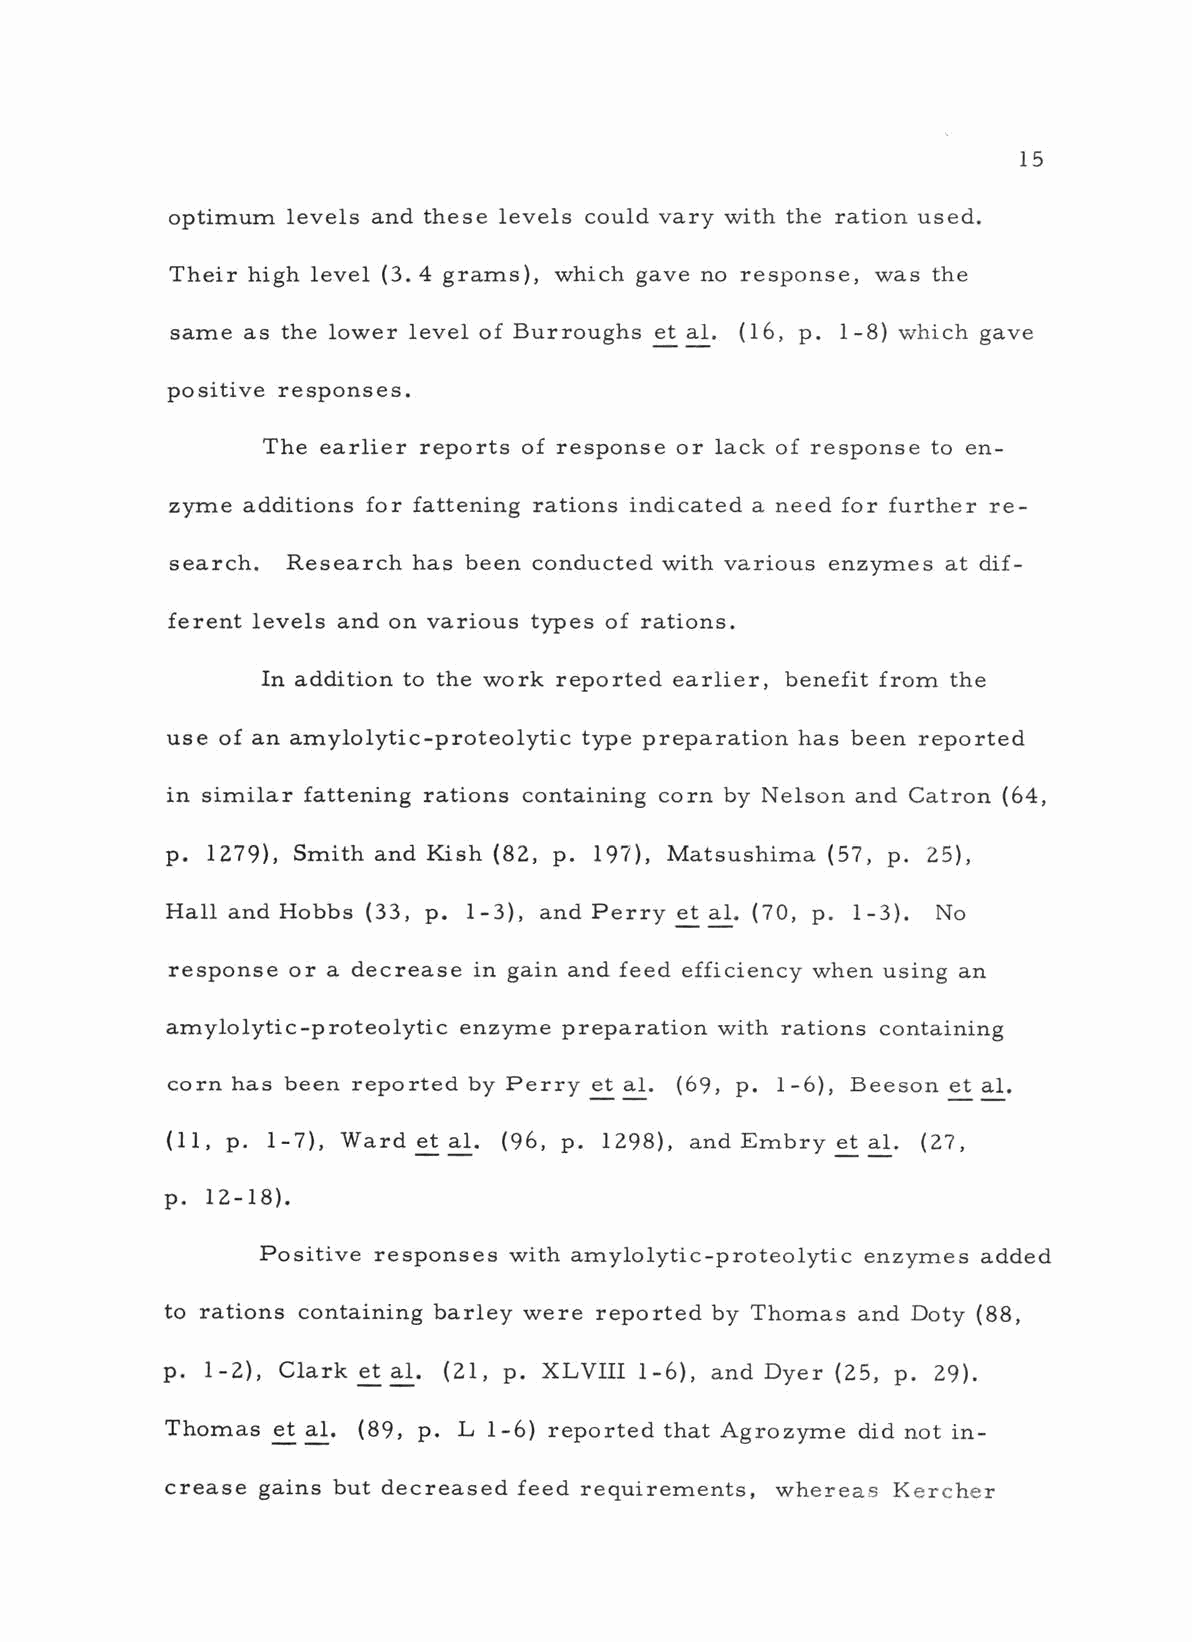
15
 optimum levels and these levels could vary with the ration used.
 Their high level (3. 4 grams), which gave no response, was the
 same as the lower level of Burroughs et al. (16, p. -8) which gave
 1
 positive responses.
 The earlier reports of response or lack of response to en-
 zyme additions for fattening rations indicated a need for further re-
 search. Research has been conducted with various enzymes at dif-
 ferent levels and on various types of rations.
 In addition to the work reported earlier, benefit from the
 use of an amylolytic -proteolytic type preparation has been reported
 in similar fattening rations containing corn by Nelson and Catron (64,
 p. 1279), Smith and Kish (82, p. 197), Matsushima (57, p. 25),
 Hall and Hobbs (33, p. -3), and Perry et al. (70, p. -3). No
 1                         1
 response or a decrease in gain and feed efficiency when using an
 amylolytic -proteolytic enzyme preparation with rations containing
 corn has been reported by Perry et al. (69, p. -6), Beeson et al.
 1
 (11, p. -7), Ward et al. (96, p. 1298), and Embry et al. (27,
 1
 p. 12 -18).
 Positive responses with amylolytic -proteolytic enzymes added
 to rations containing barley were reported by Thomas and Doty (88,
 p. -2), Clark et al. (21, p. XLVIII -6), and Dyer (25, p. 29).
 1                           1
 Thomas et al. (89, p. L -6) reported that Agrozyme did not in-
 1
 crease gains but decreased feed requirements, whereas Kercher